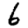
Digit: 6